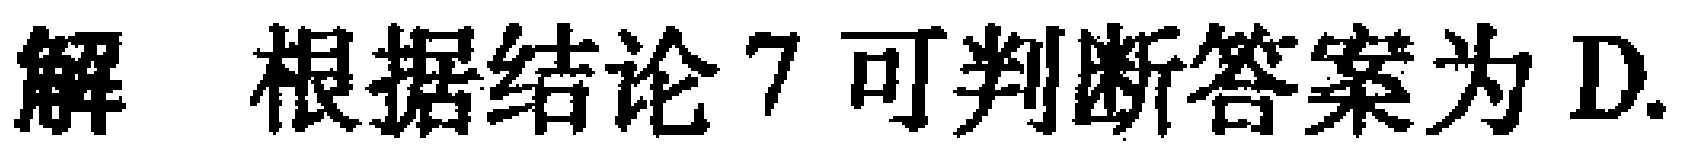
解 根据结论 7 可判断答案为 D.